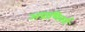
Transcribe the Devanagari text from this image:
अप्राणिवर्ग